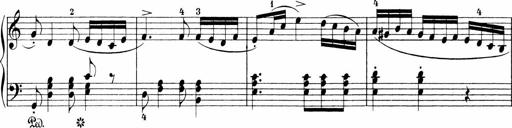
Title: 3 Sonatinas
Composer: Carl Reinecke